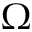
\Omega